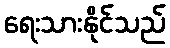
ရေးသားနိုင်သည်